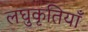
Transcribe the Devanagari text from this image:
लघुकृतियाँ